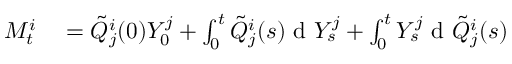
\begin{array} { r l } { M _ { t } ^ { i } } & { { } = \tilde { Q } _ { j } ^ { i } ( 0 ) Y _ { 0 } ^ { j } + \int _ { 0 } ^ { t } \tilde { Q } _ { j } ^ { i } ( s ) \textrm { d } Y _ { s } ^ { j } + \int _ { 0 } ^ { t } Y _ { s } ^ { j } \textrm { d } \tilde { Q } _ { j } ^ { i } ( s ) } \end{array}